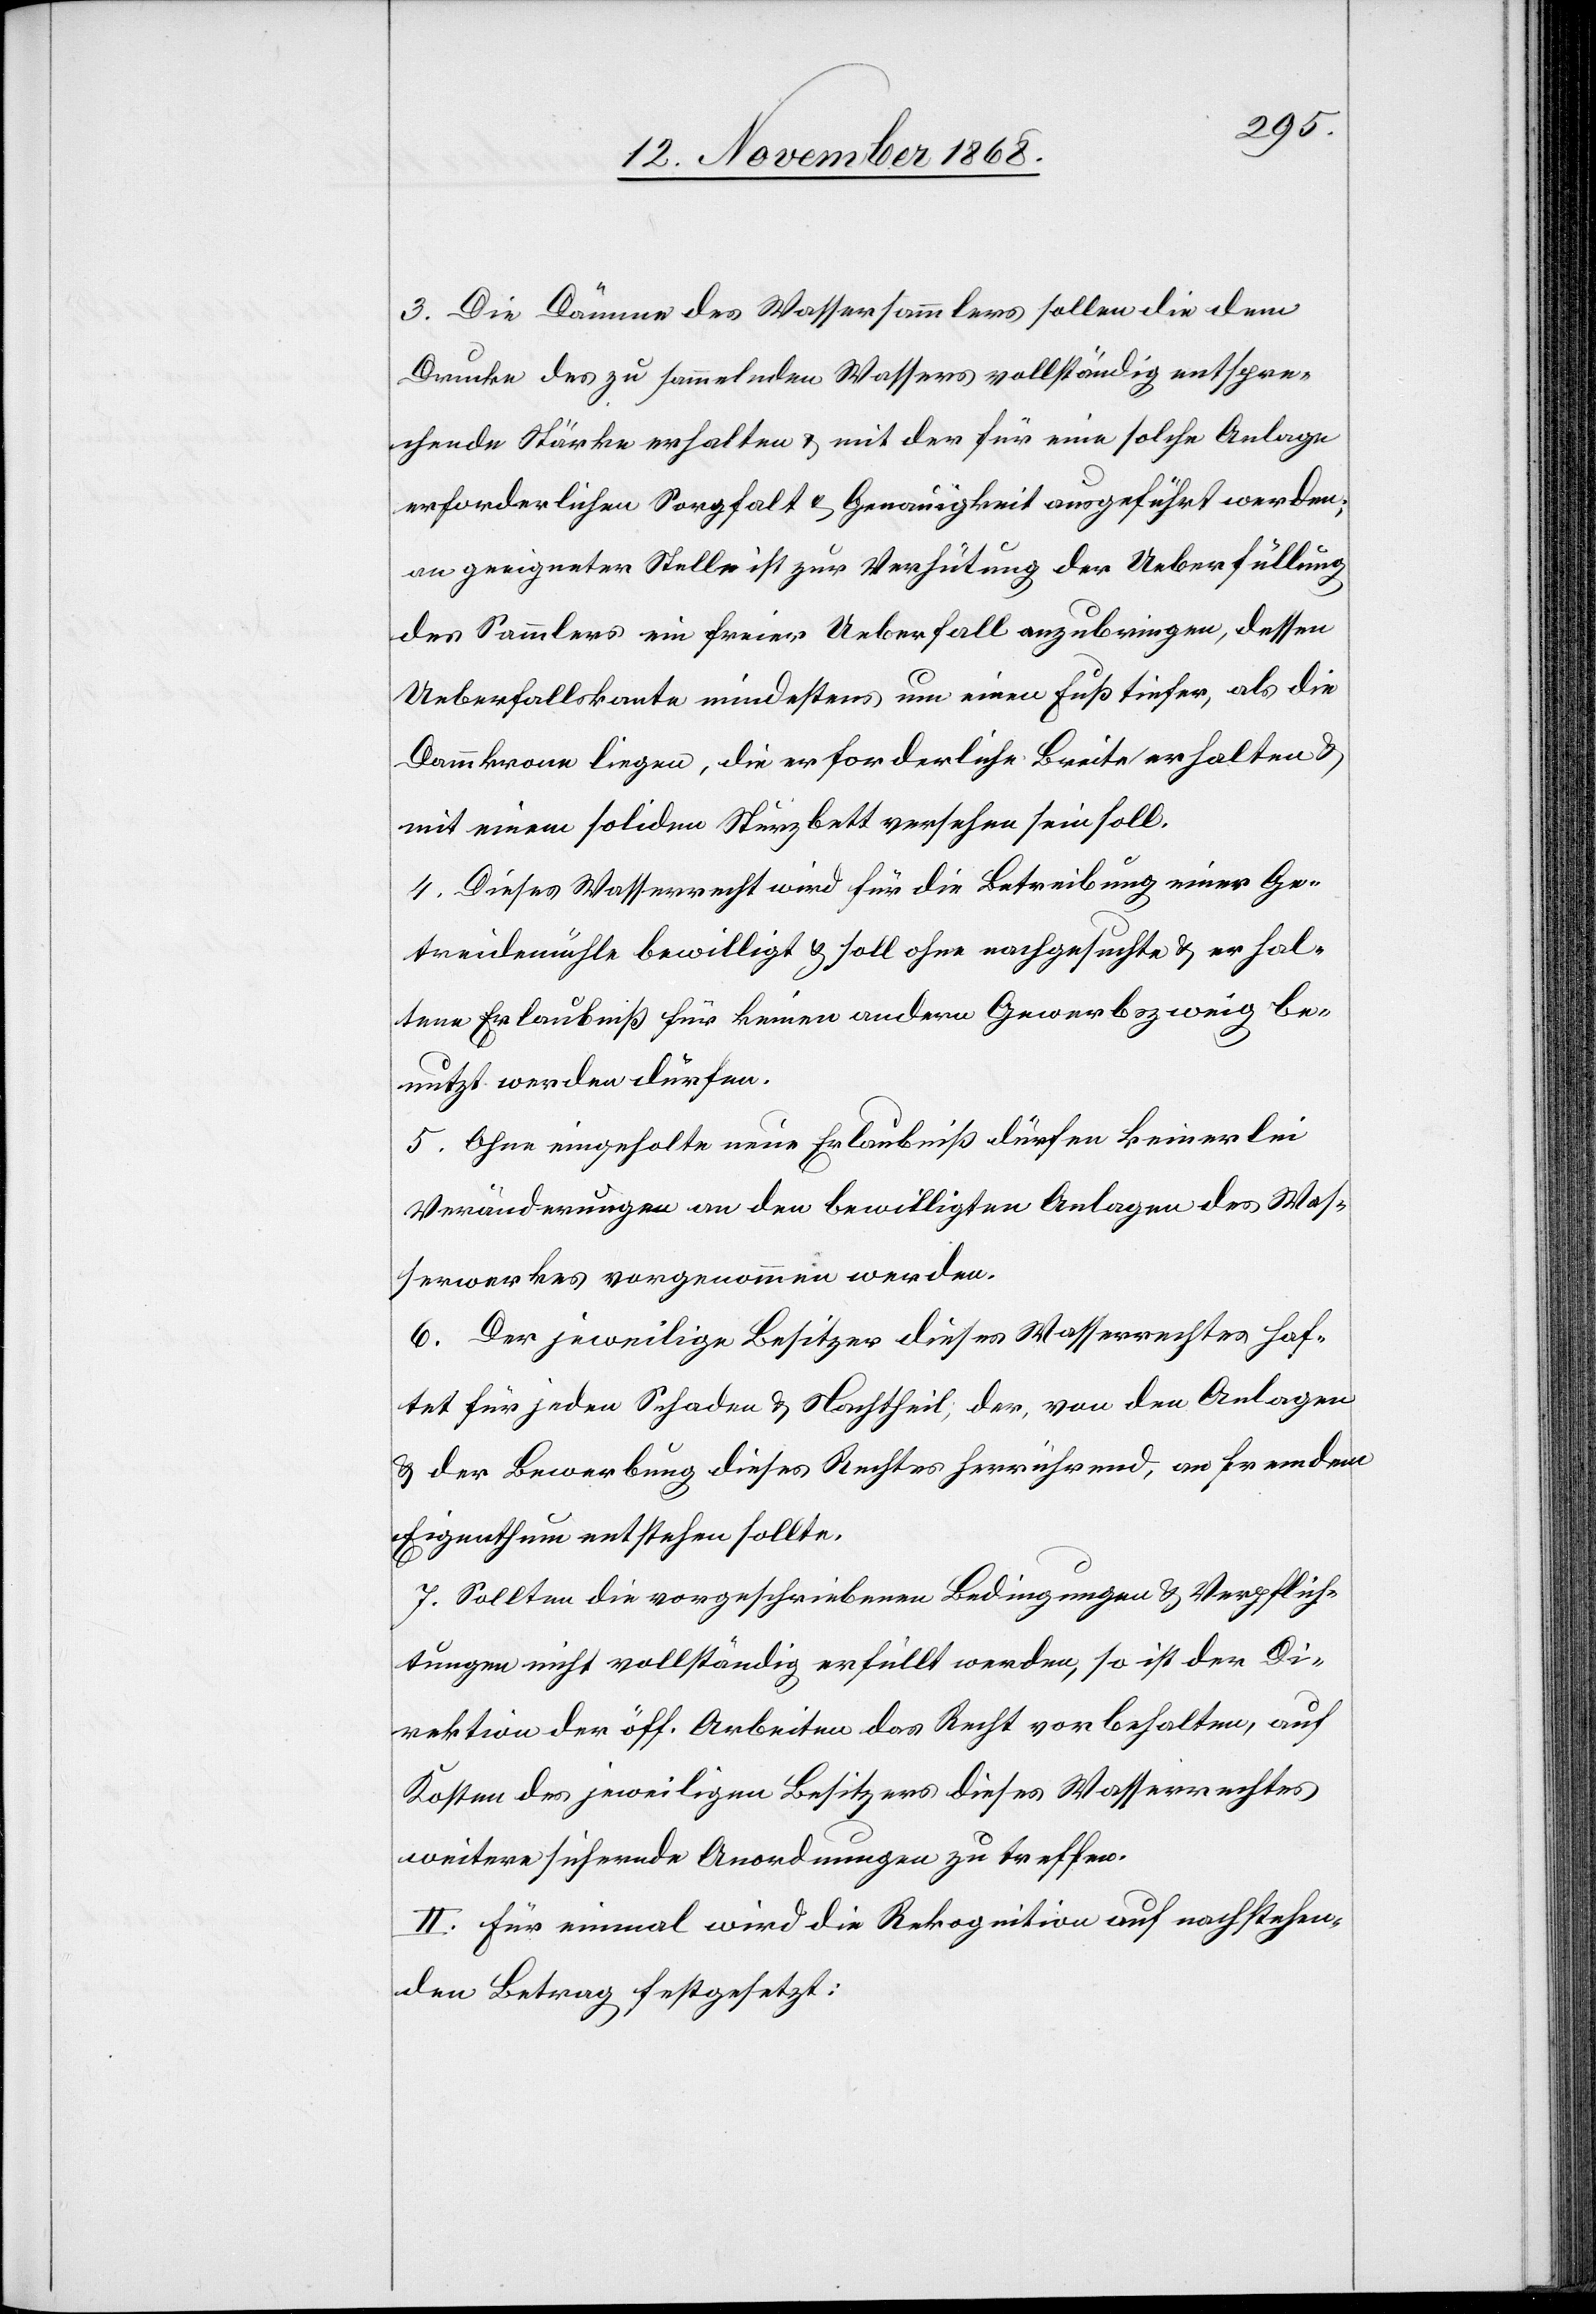
3. Die Dämme des Wassersammlers sollen die dem
Drucke des zu sammelnden Wassers vollständig entspre¬
chende Stärke erhalten & mit der für eine solche Anlage
erforderlichen Sorgfalt & Genauigkeit ausgeführt werden;
an geeigneter Stelle ist zur Verhütung der Ueberfüllung
des Sammlers ein freier Ueberfall anzubringen, dessen
Ueberfallskante mindestens um einen Fuß tiefer, als die
Dammkrone liegen, die erforderliche Breite erhalten &
mit einem soliden Sturzbett versehen sein soll.
4. Dieses Wasserrecht wird für die Betreibung einer Ge¬
treidemühle bewilligt & soll ohne nachgesuchte & erhal¬
tene Erlaubniß für keinen andern Gewerbszweig be¬
nutzt werden dürfen.
5. Ohne eingeholte neue Erlaubniß dürfen keinerlei
Veränderungen an den bewilligten Anlagen des Was¬
serwerkes vorgenommen werden.
6. Der jeweilige Besitzer dieses Wasserrechtes haf¬
tet für jeden Schaden & Nachtheil, der, von den Anlagen
& der Bewerbung dieses Rechtes herrührend, an fremdem
Eigenthum entstehen sollte.
7. Sollten die vorgeschriebenen Bedingungen & Verpflich¬
tungen nicht vollständig erfüllt werden, so ist der Di¬
rektion der öff. Arbeiten das Recht vorbehalten, auf
Kosten des jeweiligen Besitzers dieses Wasserrechtes
weitere sichernde Anordnungen zu treffen.
II. Für einmal wird die Rekognition auf nachstehen¬
den Betrag festgesetzt: